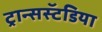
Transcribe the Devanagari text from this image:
ट्रान्सस्टॅडिया